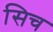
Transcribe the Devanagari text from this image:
सिच